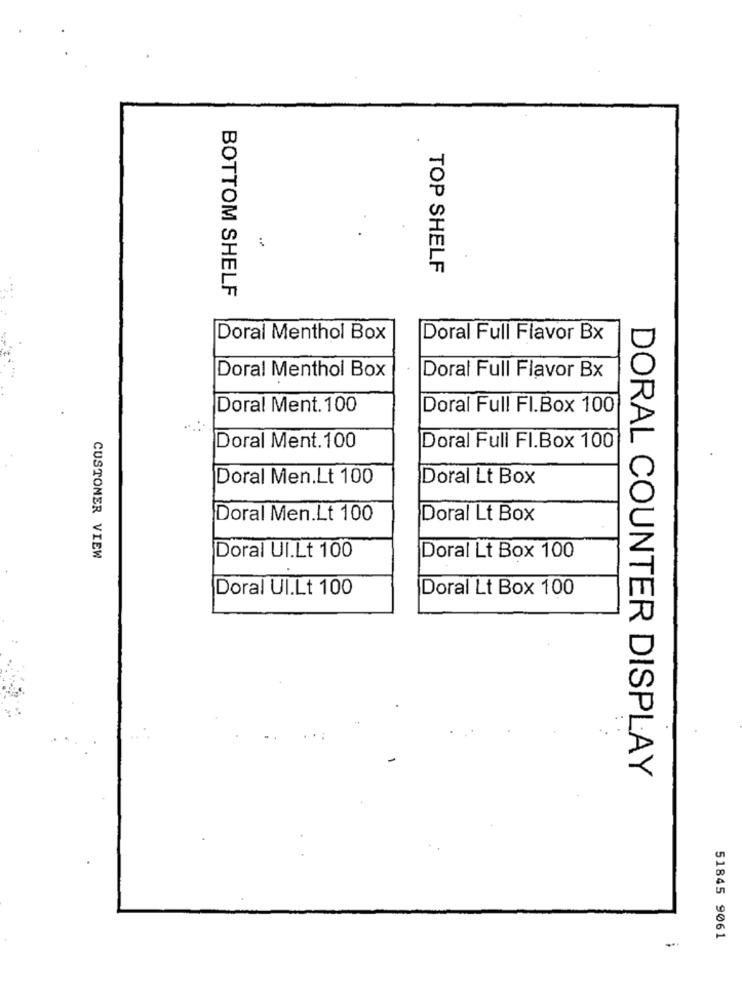
TOP SHELF
BOTTOM SHELF
Doral Menthol Box
Doral Full Flavor Bx
Doral Menthol Box
Doral Full Flavor Bx
Doral Ment. 100
Doral Full FI.Box 100
Doral Ment. 100
Doral Full FI.Box 100
Doral Men.Lt 100
Doral Lt Box
Doral Men.Lt 100
Doral Lt Box
CUSTOMER VIEW
Doral UI.Lt 100
Doral Lt Box 100
Doral UI.Lt 100
Doral Lt Box 100
DORAL COUNTER DISPLAY
51845 9061